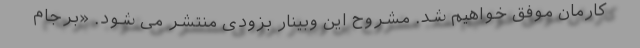
کارمان موفق خواهیم شد. مشروح این وبینار بزودی منتشر می شود. «برجام